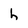
Character: h